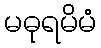
မဓုရမိမံ